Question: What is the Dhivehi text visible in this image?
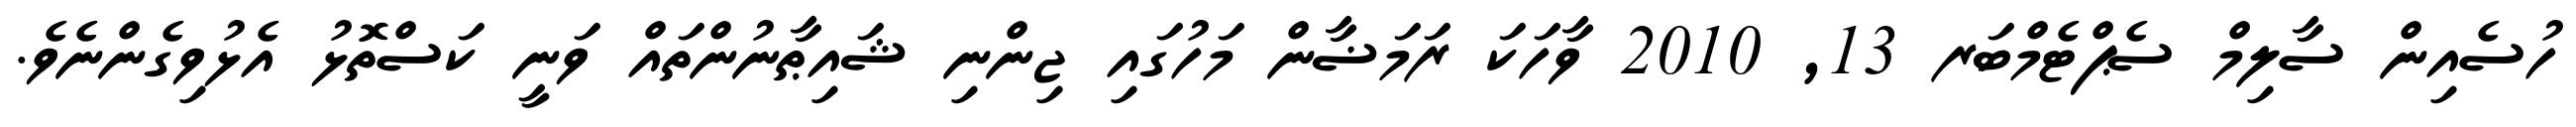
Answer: ހުސެއިން ސާލިމް ސެޕްޓެމްބަރ 13, 2010 ވާހަކަ ރަމަޟާން މަހުގައި ޖިންނި ޝައިޠާނުންތައް ވަނީ ކަސްތޮޅު އެޅުވިގެންނެވެ.